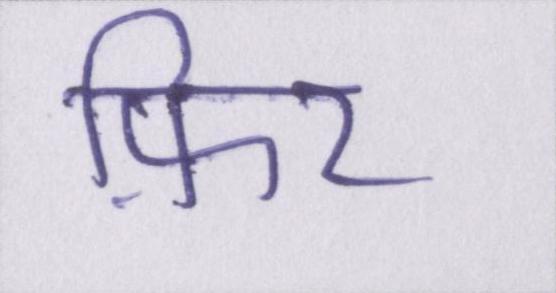
फ़िर